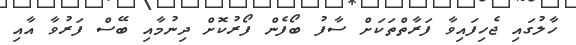
ހާލުގައި ޖެހިފައިވާ ފަރާތްތަކަށް ސާފު ބޯފެން ފޯރުކޮށް ދިނުމާއި ބޭސް ފަރުވާ އާއި